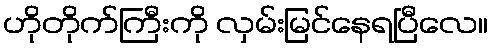
ဟိုတိုက်ကြီးကို လှမ်းမြင်နေရပြီလေ။